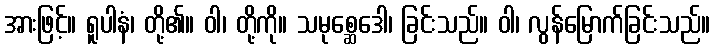
အားဖြင့်။ ရူပါနံ၊ တို့၏။ ဝါ၊ တို့ကို။ သမုစ္ဆေဒေါ၊ ခြင်းသည်။ ဝါ၊ လွန်မြောက်ခြင်းသည်။